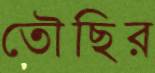
তৌছির